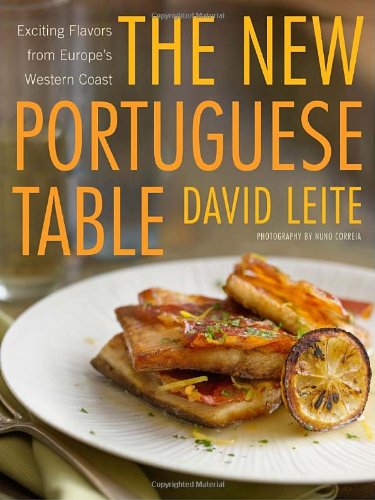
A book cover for The New Portuguese Table: Exciting Flavors from Europe's Western Coast; David Leite; Cookbooks, Food & Wine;